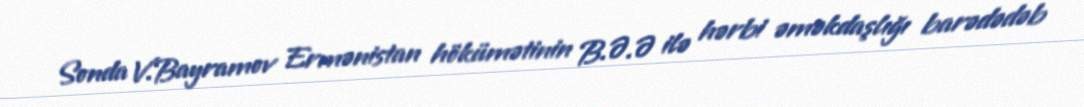
Sonda V.Bayramov Ermənistan hökümətinin B.Ə.Ə ilə hərbi əməkdaşlığı barədədəb